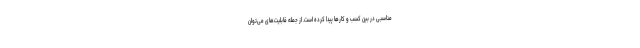
مناسبی در بین کسب و کارها پیدا کرده است. از جمله قابلیت‌های می‌توان